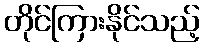
တိုင်ကြားနိုင်သည့်